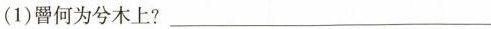
(1)罾何为兮木上?___